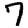
Digit: 7